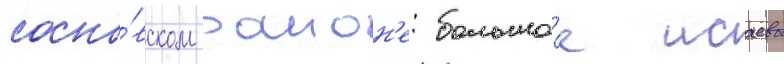
сосно́вском раион'е: большо́е исаево